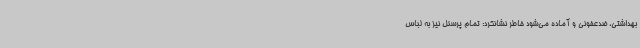
بهداشتی، ضدعفونی و آماده می‌شود خاطر نشانکرد: تمام پرسنل نیز به لباس